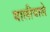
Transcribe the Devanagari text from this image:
बालीवाले